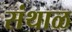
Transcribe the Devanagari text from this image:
संथाळ